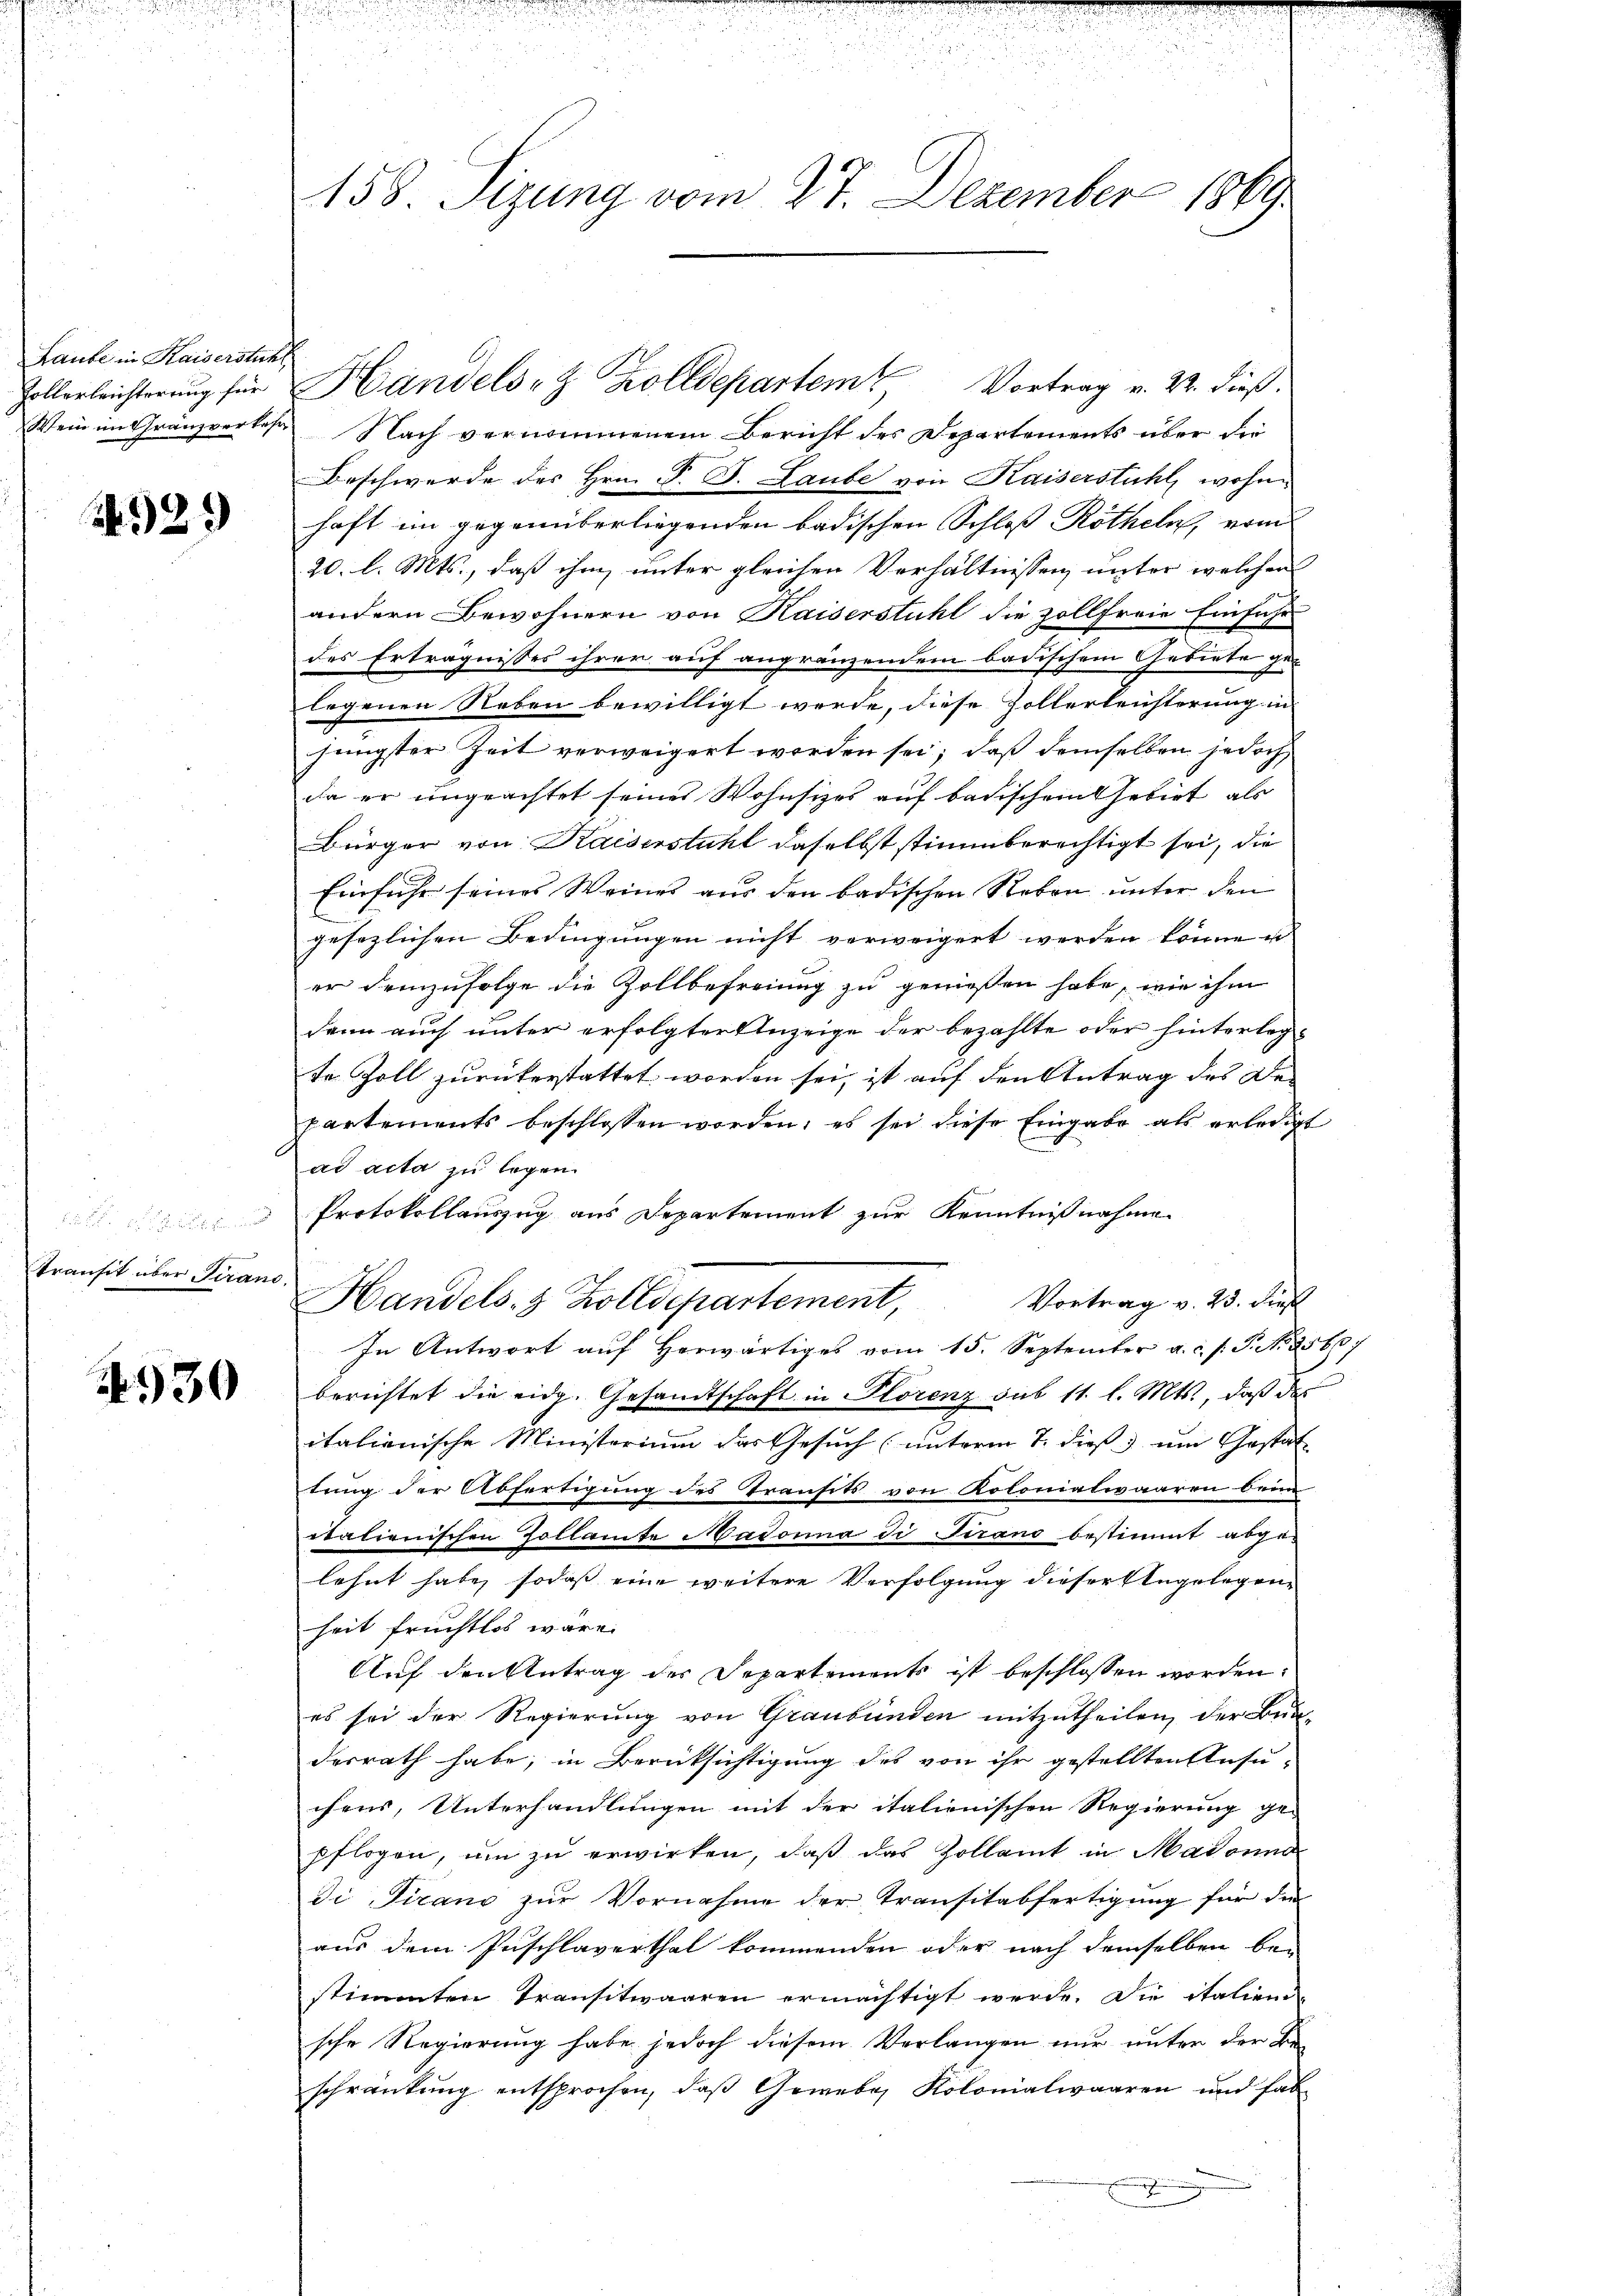
Laube in Kaiserstick

1929

transit über Verano.

130

158 Sizung vom 27. Dezember 1869

E
Wein im Gränzverkehr Nach vernommenem Bericht des Departements über die
Beschwerde des Hrn. F. J. Laube von Kaiserstuhl, wohne
haft im gegenüberliegenden badischen Schloß Rötheln, vom
20. l. Mts., daß ihm unter gleichen Verhältnissen, unter welcher
andern Bewohnern von Kaiserstuhl die zollfreie Einführ
des Erträgnisses ihrer auf angränzendem badischem Gebiete ge-
legenen Reben bewilligt werde, diese Zollerleichterung in
jüngster Zeit verweigert worden sei; daß demselben jedoch
da er ungeachtet seines Wohnsizes auf badischem Gebiet als
Bürger von Kaiserstuhl daselbst stimmberechtigt sei, die
Einfuhr seines Weines aus den badischen Reben unter den
gesezlichen Bedingungen nicht verweigert werden könne un
er demzufolge die Zollbefreiung zu geniessen habe, wie ihm
dann auch unter erfolgter Anzeige der bezahlte oder hinterlegte Zoll zurückerstattet worden sei, ist auf den Antrag des Departements beschlossen worden, es sei diese Eingabe als erledigt
ad acta zu legen.
 den Protokollauszug aus Departement zur Kenntnißnahme
Vortrag v. 23. dies
Handels- & Zolldepartement,
In Antwort aŭf herwärtiges vom 15. September a.c. s. S. N. 25607
berichtet die eidg. Gesandtschaft in Plorenz sub 11. l. Mts., daß des
italienische Ministerium das Gesuch (unterm 7. dieß um Gestat- |
tung der Abfertigung des Transits von Kolonialwaaren beim
italienischen Zollamte Madonna di Strano bestimmt abge-
lehnt habe, sodaß eine weitere Verfolgung dieser Angelegen
heit fruchtlos wäre.
Auf den Antrag der Separtements ist beschlossen worden:
es sei der Regierung von Graubünden mitzutheilen, der Bundesrath habe, in Berücksichtigung des von ihr gestellten Ansu-
chens, Unterhandlungen mit der italienischen Regierung ge-
pflogen, um zu erwirken, daß das Zollamt in Madonna
di Firano zur Vornahme der Transitabfertigung für die
aus dem Puschlaverthal kommenden oder nach demselben bei
stimmten Transitwaaren ermächtigt werde. Die italien-
sche Regierung habe jedoch diesem Verlangen nur unter der Beschränkung entsprochen, daß Gewebe, Kolonialwaaren und hab

Zollerleichterung für Handels- & Zolldepartem Vortrag v. 22. dieß.